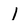
Character: 1